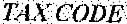
TAX CODE